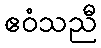
ဧဝံသညီ